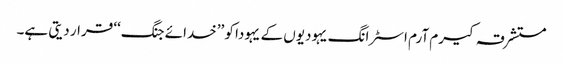
مستشرقہ کیرم آرم اسٹرانگ یہودیوں کے یہودا کو ’’خدائے جنگ‘‘ قرار دیتی ہے۔